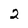
Character: 2